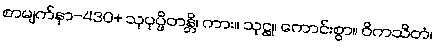
စာမျက်နှာ-430+ သုပုပ္ဖိတန္တိ၊ ကား။ သုဋ္ဌု၊ ကောင်းစွာ။ ဝိကသိတံ၊